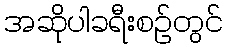
အဆိုပါခရီးစဉ်တွင်